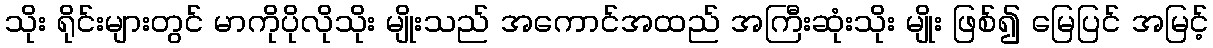
သိုး ရိုင်းများတွင် မာကိုပိုလိုသိုး မျိုးသည် အကောင်အထည် အကြီးဆုံးသိုး မျိုး ဖြစ်၍ မြေပြင် အမြင့်